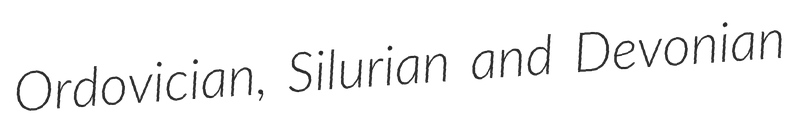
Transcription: Ordovician, Silurian and Devonian